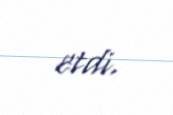
etdi.